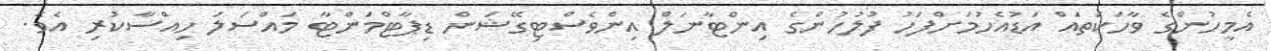
އެމީހުންގެ ވާހަކަތައް އަޑުއެހުމަށްފަހު ފުލުހުންގެ އިންޓާނަލް އިންވެސްޓިގޭޝަން ޑިޕާޓްމަންޓާ މައްސަލަ ހިއްސާކުރި އެވެ.